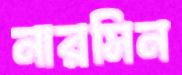
নারসিন